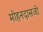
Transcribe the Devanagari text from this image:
मोहनदासजी